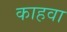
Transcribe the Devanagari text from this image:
काहवा